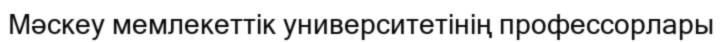
Мәскеу мемлекеттік университетінің профессорлары